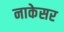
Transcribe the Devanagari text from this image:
नाकेसर